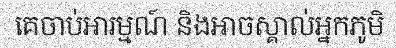
គេចាប់អារម្មណ៍ និងអាចស្គាល់អ្នកភូមិ